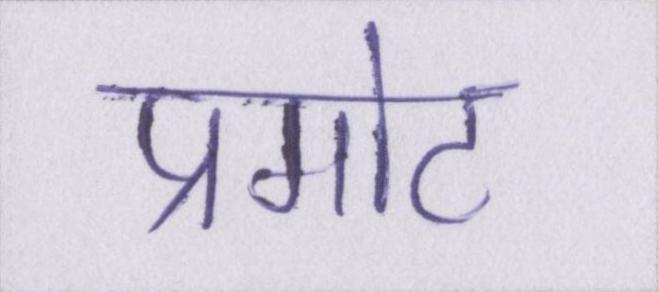
प्रमोट